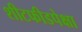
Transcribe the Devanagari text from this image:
शीटफीडपेक्षा